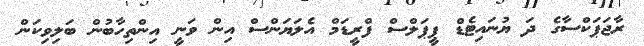
ރާޖަޕަކްސާގެ ދަ ޔުނައިޓެޑް ޕީޕަލްސް ފްރީޑަމް އެލަޔަންސް އިން ވަނީ އިންތިހާބުން ބަލިވިކަން